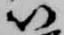
以